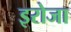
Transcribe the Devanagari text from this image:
इरोजा